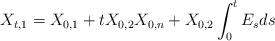
\begin{align*} X_{t,1} = X_{0,1} + tX_{0,2}X_{0,n} + X_{0,2}\int_0^t E_s ds\end{align*}